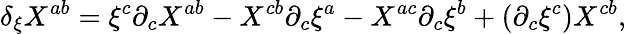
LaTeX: \delta_{\xi}X^{ab}=\xi^{c}\partial_{c}X^{ab}-X^{cb}\partial_{c}\xi^{a}-X^{ac}\partial_{c}\xi^{b}+(\partial_{c}\xi^{c})X^{cb},